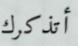
أتذكرك